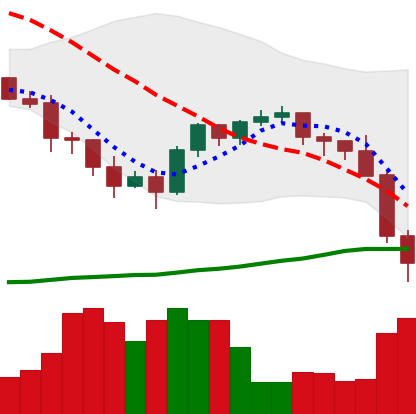
Ticker: BNB-USD
Chart end date: 2022-01-22
Forward return: 8.934%
Label: up_7plus